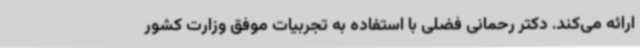
ارائه می‌کند. دکتر رحمانی فضلی با استفاده به تجربیات موفق وزارت کشور